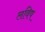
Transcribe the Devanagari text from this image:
लविष